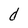
Character: d